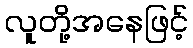
လူတို့အနေဖြင့်